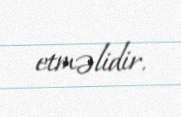
etməlidir.